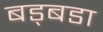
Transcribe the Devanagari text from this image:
बड्बडा